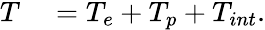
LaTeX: \begin{array}{rl}{T}&{{}=T_{e}+T_{p}+T_{int}.}\end{array}